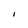
Character: I